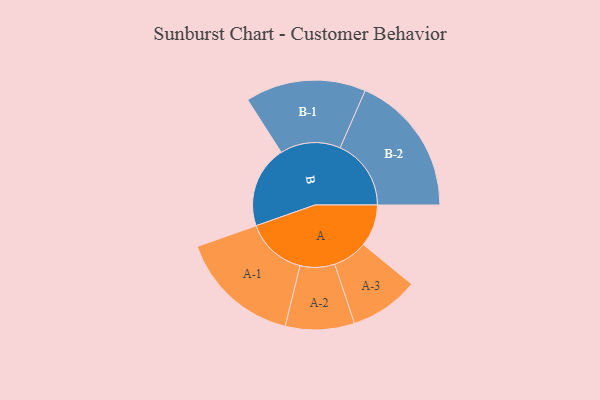
{"axis": {"x": "Segment", "y": "Value"}, "legend": ["", "A", "B"], "data": [{"x": "A", "y": 173, "type": ""}, {"x": "B", "y": 338, "type": ""}, {"x": "A-1", "y": 250, "type": "A"}, {"x": "A-2", "y": 142, "type": "A"}, {"x": "A-3", "y": 142, "type": "A"}, {"x": "B-1", "y": 248, "type": "B"}, {"x": "B-2", "y": 292, "type": "B"}]}